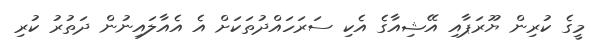
މީގެ ކުރިން ޔޫރަޕާއި އޭޝިއާގެ އެކި ސަރަހައްދުތަކަށް އެ އެއާލައިނުން ދަތުރު ކުރި